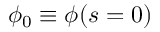
\phi _ { 0 } \equiv \phi ( s = 0 )